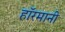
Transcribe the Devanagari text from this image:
हाॅरमानी